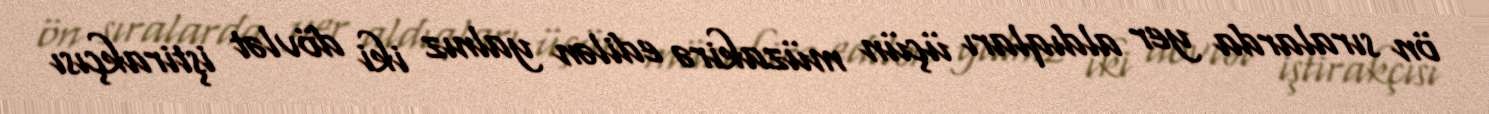
ön sıralarda yer aldıqları üçün müzakirə edilən yalnız iki dövlət iştirakçısı